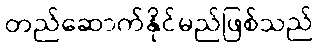
တည်ဆောက်နိုင်မည်ဖြစ်သည်